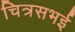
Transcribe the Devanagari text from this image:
चित्रसभई